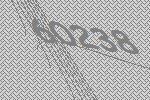
60238